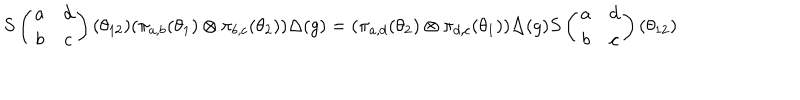
LaTeX: S \left( \begin{array} { c c } { { a } } & { { d } } \\ { { b } } & { { c } } \\ \end{array} \right) ( \theta _ { 1 2 } ) ( \pi _ { a , b } ( \theta _ { 1 } ) \otimes \pi _ { b , c } ( \theta _ { 2 } ) ) \Delta ( g ) = ( \pi _ { a , d } ( \theta _ { 2 } ) \otimes \pi _ { d , c } ( \theta _ { 1 } ) ) \Delta ( g ) S \left( \begin{array} { c c } { { a } } & { { d } } \\ { { b } } & { { c } } \\ \end{array} \right) ( \theta _ { 1 2 } )